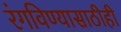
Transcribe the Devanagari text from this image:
रंगविण्यासाठीही